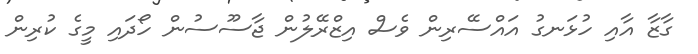
ގާޒާ އާއި ހުޅަނގު އައްސޭރިން ވެސް އިޒްރޭލުން ޖާސޫސުން ހޯދައި މީގެ ކުރިން